King Institute of Preventive Medicine Micro-Biological Section reports 1912-19
Year: 1912
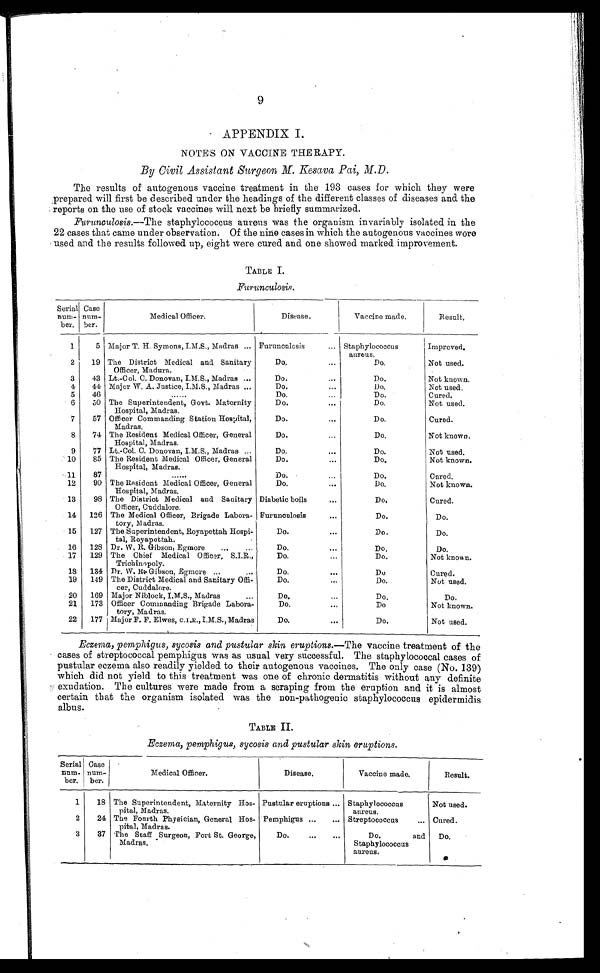
9
APPENDIX I.
NOTES ON VACCINE THERAPY.
By Civil Assistant Surgeon M. Kesava Pai, M.D.
The results of autogenous vaccine treatment in the 193 cases for which they were
prepared will first be described under the headings of the different classes of diseases and the
reports on the use of stock vaccines will next be briefly summarized.
Furunculosis.—The
staphylococcus aureus was the organism invariably isolated in the
22 cases that came under observation. Of the nine cases in which the autogenous vaccines were
used and the results followed up, eight were cured and one showed marked improvement.
TABLE I.
Furunculosis.
Serial
num-
ber.
Case
n u m -
ber.
Medical Officer.
Disease.
Vacccine made.
Result.
1
5 Major T. H. Symons, I.M.S., Madras . . . Furunculcsis . . .
Staphylococcus
a u r e u s .
Improved.
2
19 The District Medical and Sanitary
Officer, Madura.
Do. . . .
Do.
Not used.
3
43
Lt.-Col. C. Donovan, I.M.S., Madras . . .
Do. . . .
Do.
Not known.
4
44
Major W. A. Justice, I.M.S., Madras . . .
Do. . . .
Do.
Not used.
5
46
. . .
Do. . . .
Do.
Cured.
6
50 The Superintendent, Govt. Maternity
Hospital, Madras.
Do. . . .
Do.
Not used.
7
57 Officer Commanding Station Hospital,
Madras.
Do. . . .
Do.
Cured.
8
74 The Resident Medical Officer, General
Hospital, Madras.
Do. . . .
Do.
Not known.
9
77
Lt.-Col. C. Donovan, I.M.S., Madras . . .
Do. . . .
Do.
Not used.
10
85
The Resident Medical Officer, General
Hospital, Madras.
Do. . . .
Do.
Not known.
11
87
. . .
Do. . . .
Do.
Cured.
12
90
The Resident Medical Officer, General
Hospital, Madras.
Do. . . .
Do.
Not known.
13
98 The District Medical and Sanitary
Officer, Cuddalore.
Diabetic boils . . .
Do.
Cured.
14
126 The Medical Officer, Brigade Labora-
tory, Madras.
Furunculosis . . .
Do.
Do.
15
127 The Superintendent, Royapettah Hospi-
tal, Royapettah.
Do. . . .
Do.
Do.
16
128 Dr. W, R. Gibson, Egmore . . .
Do. . . .
Do.
Do.
17
129 The Chief
Medical Officer, S.I.R.,
Trichinopoly.
Do. . . .
Do.
Not known.
18
134
Pr, W. R. Gibson, Egmore . . .
Do. . . .
D o .
Cured.
19
149
The District Medical and Sanitary Offi-
cer, Cuddalore.
Do. . . .
Do.
Not used.
20
169 Major Niblock, I.M.S., Madras . . .
Do. . . .
Do.
Do.
21
173
Officer Commanding Brigade Labora-
tory, Madras.
Do. . . .
Do
Not known.
22
177 Major F. F. Elwes, C.I.E., I.M.S., Madras
Do. . . .
Do.
Not used.
Eczema, pemphigus, sycosis and pustular skin eruptions.— The vaccine treatment of the
cases of streptococcal pemphigus was as usual very successful. The staphylococcal cases of
pustular eczema also readily yielded to their autogenous vaccines. The only case (No. 139)
which did not yield to this treatment was one of chronic dermatitis without any definite
exudation. The cultures were made from a scraping from the eruption and it is almost
certain that the organism isolated was the non-pathogenic staphylococcus epidermidis
albus.
TABLE II.
Eczema, pemphigus, sycosis and pustular skin eruptions.
Serial
num-
ber.
Case
num-
ber.
Medical Officer.
Disease.
Vaccine made.
Result.
1
18 The Superintendent, Maternity Hos
-pital, Madras.
Pustular eruptions . . .
Staphylococcus
aureus.
Not used.
2
24 The Fourth Physician, General Hos
-pital, Madras.
Pemphigus . . .
Streptococcus . . .
Cured.
3
37
The Staff Surgeon, Fort St. George,
Madras.
Do. . . .
Do. and
Staphylococcus
aureus.
Do.